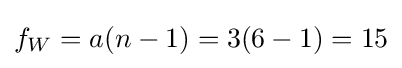
f_{W}=a(n-1)=3(6-1)=15